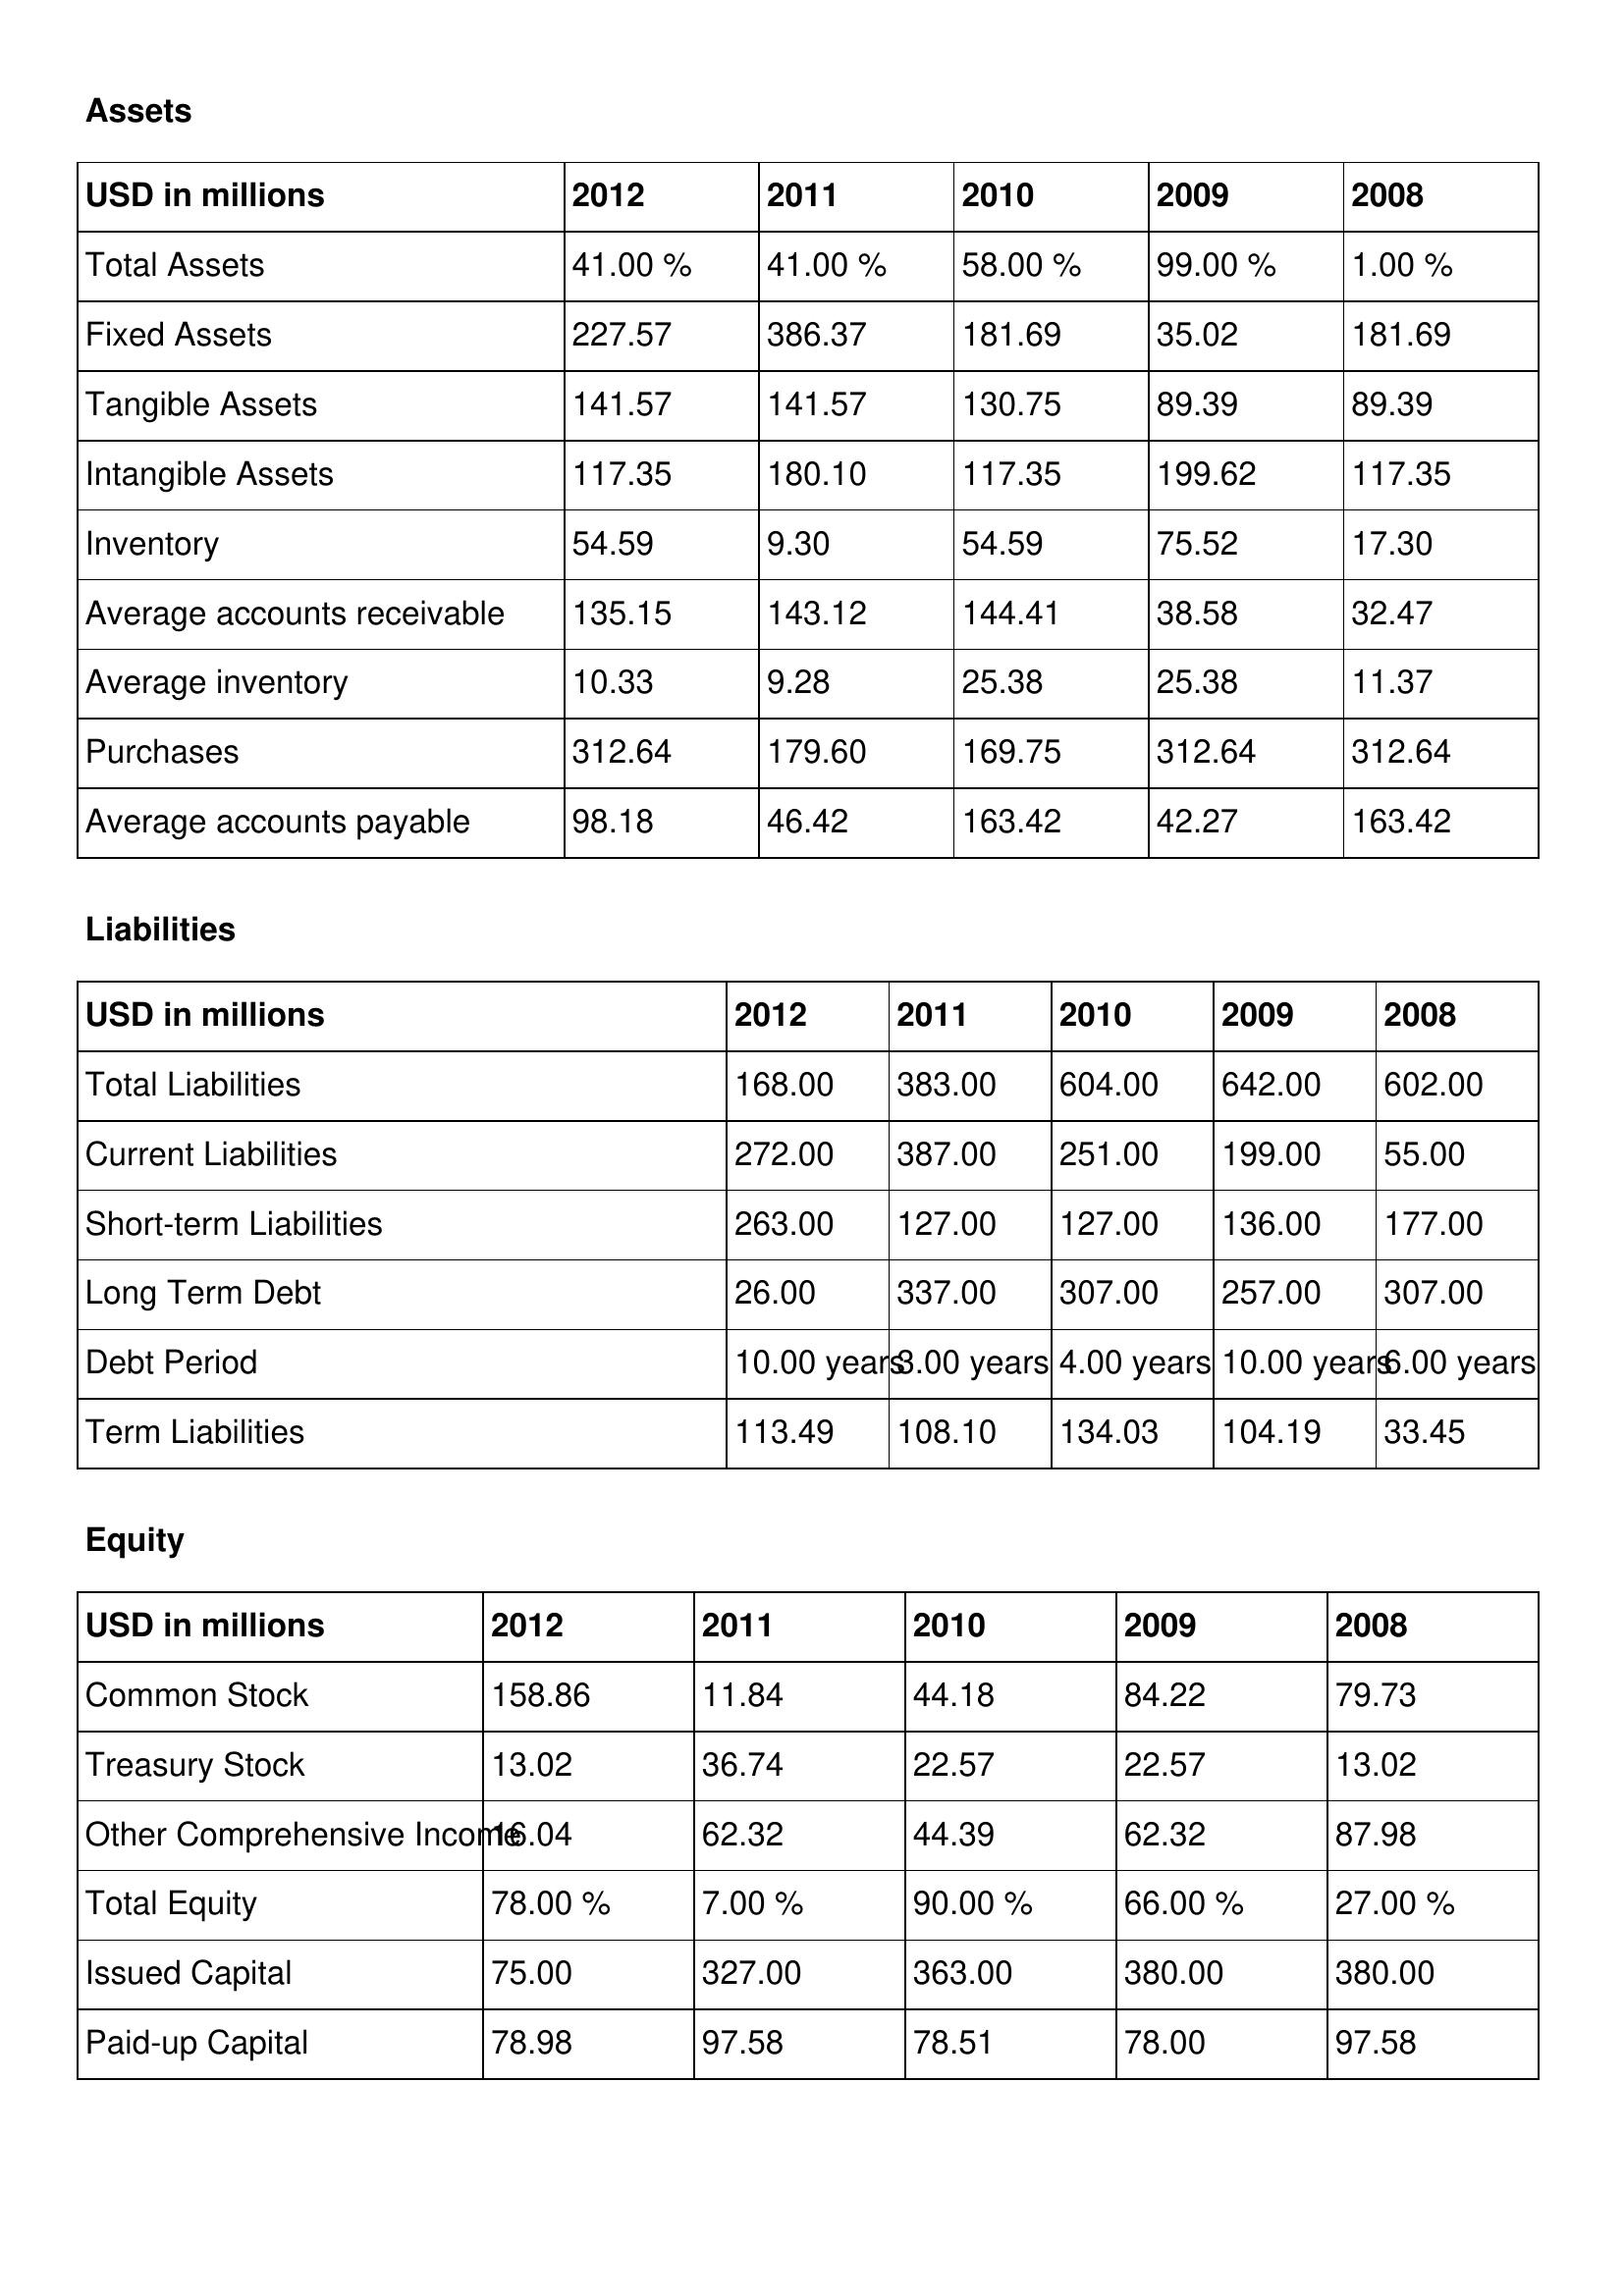
gt_parse: 2012: Assets: Total Assets: 41.00 %
Fixed Assets: 227.57
Tangible Assets: 141.57
Intangible Assets: 117.35
Inventory: 54.59
Average accounts receivable: 135.15
Average inventory: 10.33
Purchases: 312.64
Average accounts payable: 98.18
Liabilities: Total Liabilities: 168.00
Current Liabilities: 272.00
Short-term Liabilities: 263.00
Long Term Debt: 26.00
Debt Period: 10.00 years
Term Liabilities: 113.49
Equity: Common Stock: 158.86
Treasury Stock: 13.02
Other Comprehensive Income: 16.04
Total Equity: 78.00 %
Issued Capital: 75.00
Paid-up Capital: 78.98
2011: Assets: Total Assets: 41.00 %
Fixed Assets: 386.37
Tangible Assets: 141.57
Intangible Assets: 180.10
Inventory: 9.30
Average accounts receivable: 143.12
Average inventory: 9.28
Purchases: 179.60
Average accounts payable: 46.42
Liabilities: Total Liabilities: 383.00
Current Liabilities: 387.00
Short-term Liabilities: 127.00
Long Term Debt: 337.00
Debt Period: 3.00 years
Term Liabilities: 108.10
Equity: Common Stock: 11.84
Treasury Stock: 36.74
Other Comprehensive Income: 62.32
Total Equity: 7.00 %
Issued Capital: 327.00
Paid-up Capital: 97.58
2010: Assets: Total Assets: 58.00 %
Fixed Assets: 181.69
Tangible Assets: 130.75
Intangible Assets: 117.35
Inventory: 54.59
Average accounts receivable: 144.41
Average inventory: 25.38
Purchases: 169.75
Average accounts payable: 163.42
Liabilities: Total Liabilities: 604.00
Current Liabilities: 251.00
Short-term Liabilities: 127.00
Long Term Debt: 307.00
Debt Period: 4.00 years
Term Liabilities: 134.03
Equity: Common Stock: 44.18
Treasury Stock: 22.57
Other Comprehensive Income: 44.39
Total Equity: 90.00 %
Issued Capital: 363.00
Paid-up Capital: 78.51
2009: Assets: Total Assets: 99.00 %
Fixed Assets: 35.02
Tangible Assets: 89.39
Intangible Assets: 199.62
Inventory: 75.52
Average accounts receivable: 38.58
Average inventory: 25.38
Purchases: 312.64
Average accounts payable: 42.27
Liabilities: Total Liabilities: 642.00
Current Liabilities: 199.00
Short-term Liabilities: 136.00
Long Term Debt: 257.00
Debt Period: 10.00 years
Term Liabilities: 104.19
Equity: Common Stock: 84.22
Treasury Stock: 22.57
Other Comprehensive Income: 62.32
Total Equity: 66.00 %
Issued Capital: 380.00
Paid-up Capital: 78.00
2008: Assets: Total Assets: 1.00 %
Fixed Assets: 181.69
Tangible Assets: 89.39
Intangible Assets: 117.35
Inventory: 17.30
Average accounts receivable: 32.47
Average inventory: 11.37
Purchases: 312.64
Average accounts payable: 163.42
Liabilities: Total Liabilities: 602.00
Current Liabilities: 55.00
Short-term Liabilities: 177.00
Long Term Debt: 307.00
Debt Period: 6.00 years
Term Liabilities: 33.45
Equity: Common Stock: 79.73
Treasury Stock: 13.02
Other Comprehensive Income: 87.98
Total Equity: 27.00 %
Issued Capital: 380.00
Paid-up Capital: 97.58